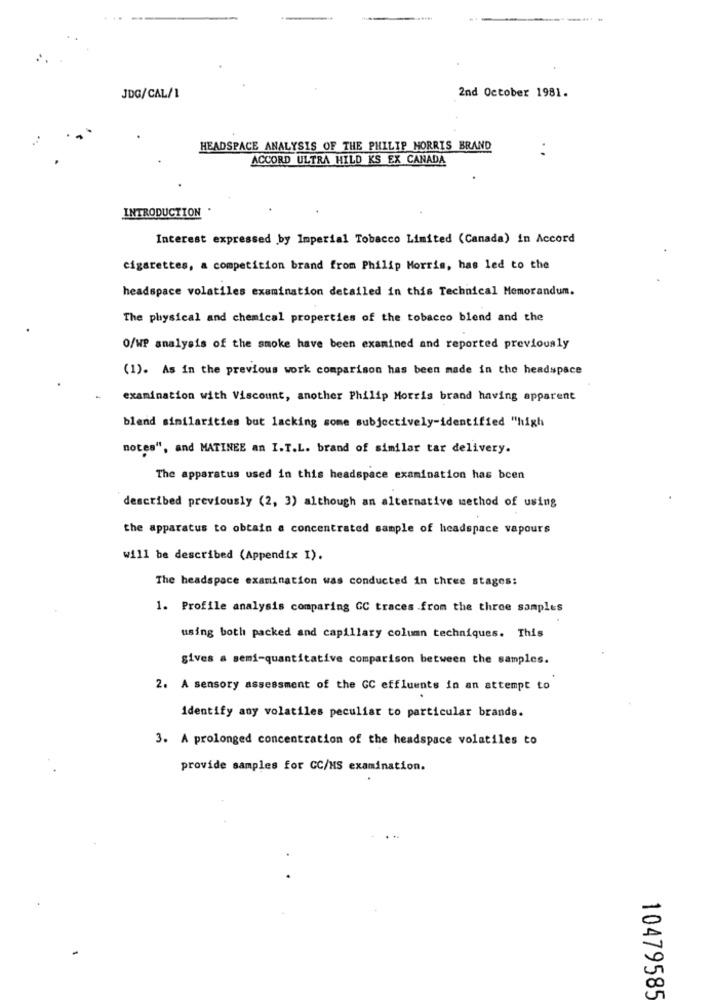
2nd October 1981.
JDG/CAL/1
HEADSPACE ANALYSIS OF THE PHILIP MORRIS BRAND
ACCORD ULTRA HILD KS EX CANADA
INTRODUCTION
Interest expressed by Imperial Tobacco Limited (Canada) in Accord
cigarettes, a competition brand from Philip Morris, has led to the
headspace volatiles examination detailed in this Technical Memorandum.
The physical and chemical properties of the tobacco blend and the
O/WP analysis of the smoke have been examined and reported previously
(1). As in the previous work comparison has been made in the headspace
examination with Viscount, another Philip Morris brand having apparent
blend similarities but lacking some subjectively-identified "high
notes", and MATINEE an I.T.L. brand of similar tar delivery.
The apparatus used in this headspace examination has been
described previously (2, 3) although an alternative method of using
the apparatus to obtain a concentrated sample of headspace vapours
will be described (Appendix I).
The headspace examination was conducted in three stages:
1. Profile analysis comparing GC traces .from the three samples
using both packed and capillary column techniques. This
gives a semi-quantitative comparison between the samples.
2. A sensory assessment of the GC effluents in an attempt to
identify any volatiles peculiar to particular brands.
3. A prolonged concentration of the headspace volatiles to
provide samples for CC/HS examination.
10479585